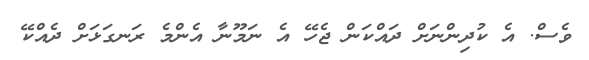
ވެސް. އެ ކުދިންނަށް ދައްކަން ޖެހޭ އެ ނަމޫނާ އެންމެ ރަނގަޅަށް ދެއްކޭ